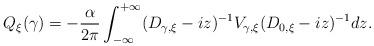
LaTeX: \begin{align*}\begin{aligned}Q_\xi(\gamma)=-\frac{\alpha}{2\pi}\int_{-\infty}^{+\infty}(D_{\gamma,\xi}-iz)^{-1}V_{\gamma,\xi}(D_{0,\xi}-iz)^{-1}dz.\end{aligned}\end{align*}